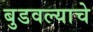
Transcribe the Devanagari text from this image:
बुडवल्याचे